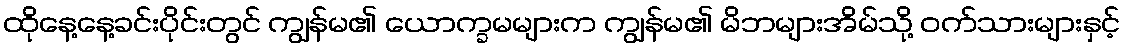
ထိုနေ့နေ့ခင်းပိုင်းတွင် ကျွန်မ၏ ယောက္ခမများက ကျွန်မ၏ မိဘများအိမ်သို့ ဝက်သားများနှင့်